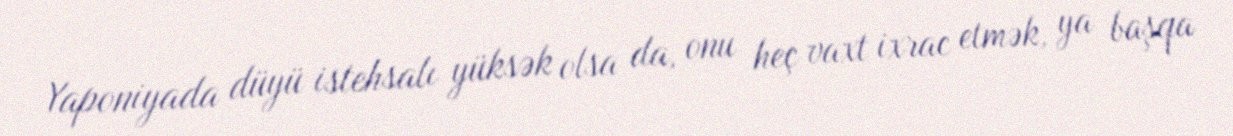
Yaponiyada düyü istehsalı yüksək olsa da, onu heç vaxt ixrac etmək, ya başqa